Civil Veterinary Department. United Provinces 1932-42 - 1932-1942
Year: 1932
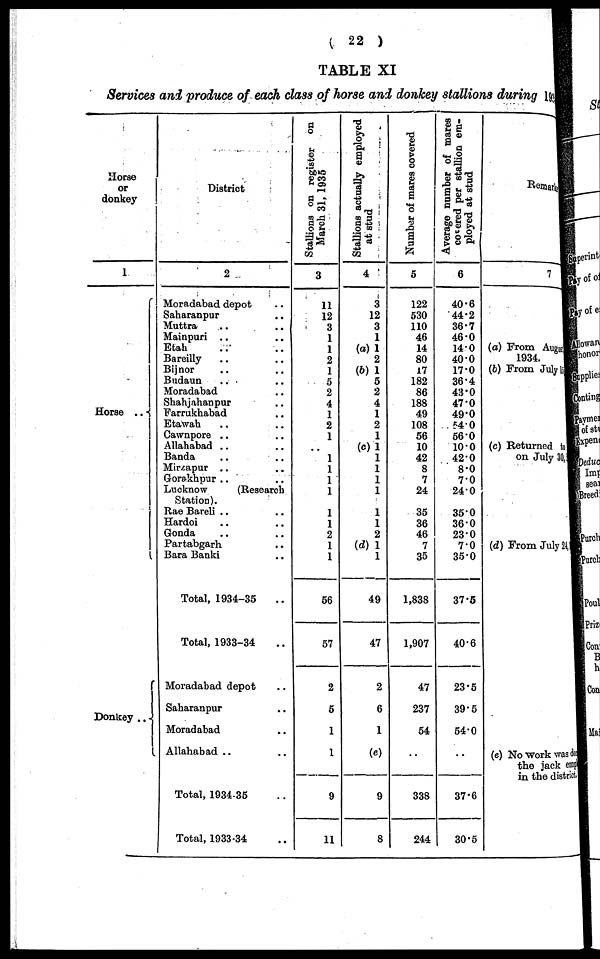
(22)
TABLE XI
Services and produce of each class of horse and donkey stallions during 1935
Horse
or
donkey
1
Horse
..
Donkey ..
District
2
Moradabad depot ..
Saharanpur ..
Muttra .. ..
Mainpuri .. ..
Etah .. ..
Bareilly .. ..
Bijnor .. ..
Budaun .. ..
Moradabad ..
Shahjahanpur ..
Farrukhabad ..
Etawah .. ..
Cawnpore .. ..
Allahabad
Banda .. ..
Mirzapur .. ..
Gorakhpur .. ..
Lucknow
(Research
Station).
Rae Bareli .. ..
Hardoi .. ..
Gonda .. ..
Partabgarh ..
Bara Banki ..
Total, 1934-35
Total, 1933-34 ..
Moradabad depot ..
Saharanpur ..
Moradabad ..
Allahabad
Total, 1934-35
Total, 1933-34
Stallions on register on
March 31, 1935
3
11
12
3
1
1
2
1
5
2
4
1
2
1
1
1
1
1
1
1
2
1
1
56
57
2
5
1
1
.
9
11
Stallions actually employed
at stud
4
3
12
3
1
(a) 1
2
(6) 1
5
2
4
1
2
1
(c)1
1
1
1
1
1
1
2
(d) 1
1
49
47
2
6
1
(e)
9
8
Number of mares covered
5
122
530
110
46
14
80
17
182
86
188
49
108
56
10
42
8
7
24
35
36
46
7
35
1,838
1,907
47
237
54
..
338
244
Average number of mares
covered
per stallion em-
ployed at stud
6
40.6
44.2
36.7
460
140
400
17.0
36.4
43.0
47.0
49.0
54. 0
560
100
42.0
8.0
730
2430
350
360
230
7.0
35.0
37 35
40.6
23.5
395
54 .0
..
37.6
30.5
Remarks
7
(a) From August
1934.
(b) From July
(c) Returned to
on July 30,
(d) From July 24
(e) No work was do
the jack emp
in the district